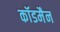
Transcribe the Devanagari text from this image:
कॉडमैन